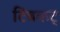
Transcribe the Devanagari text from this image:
टिंबकट्